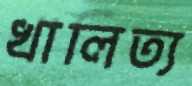
খালিত্য